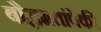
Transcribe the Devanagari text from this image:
बौद्धमतांपैकी